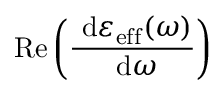
\operatorname { R e } \left( \frac { \ \mathrm { d } \varepsilon _ { \mathrm { e f f } } ( \omega ) } { \ \mathrm { d } \omega } \right)